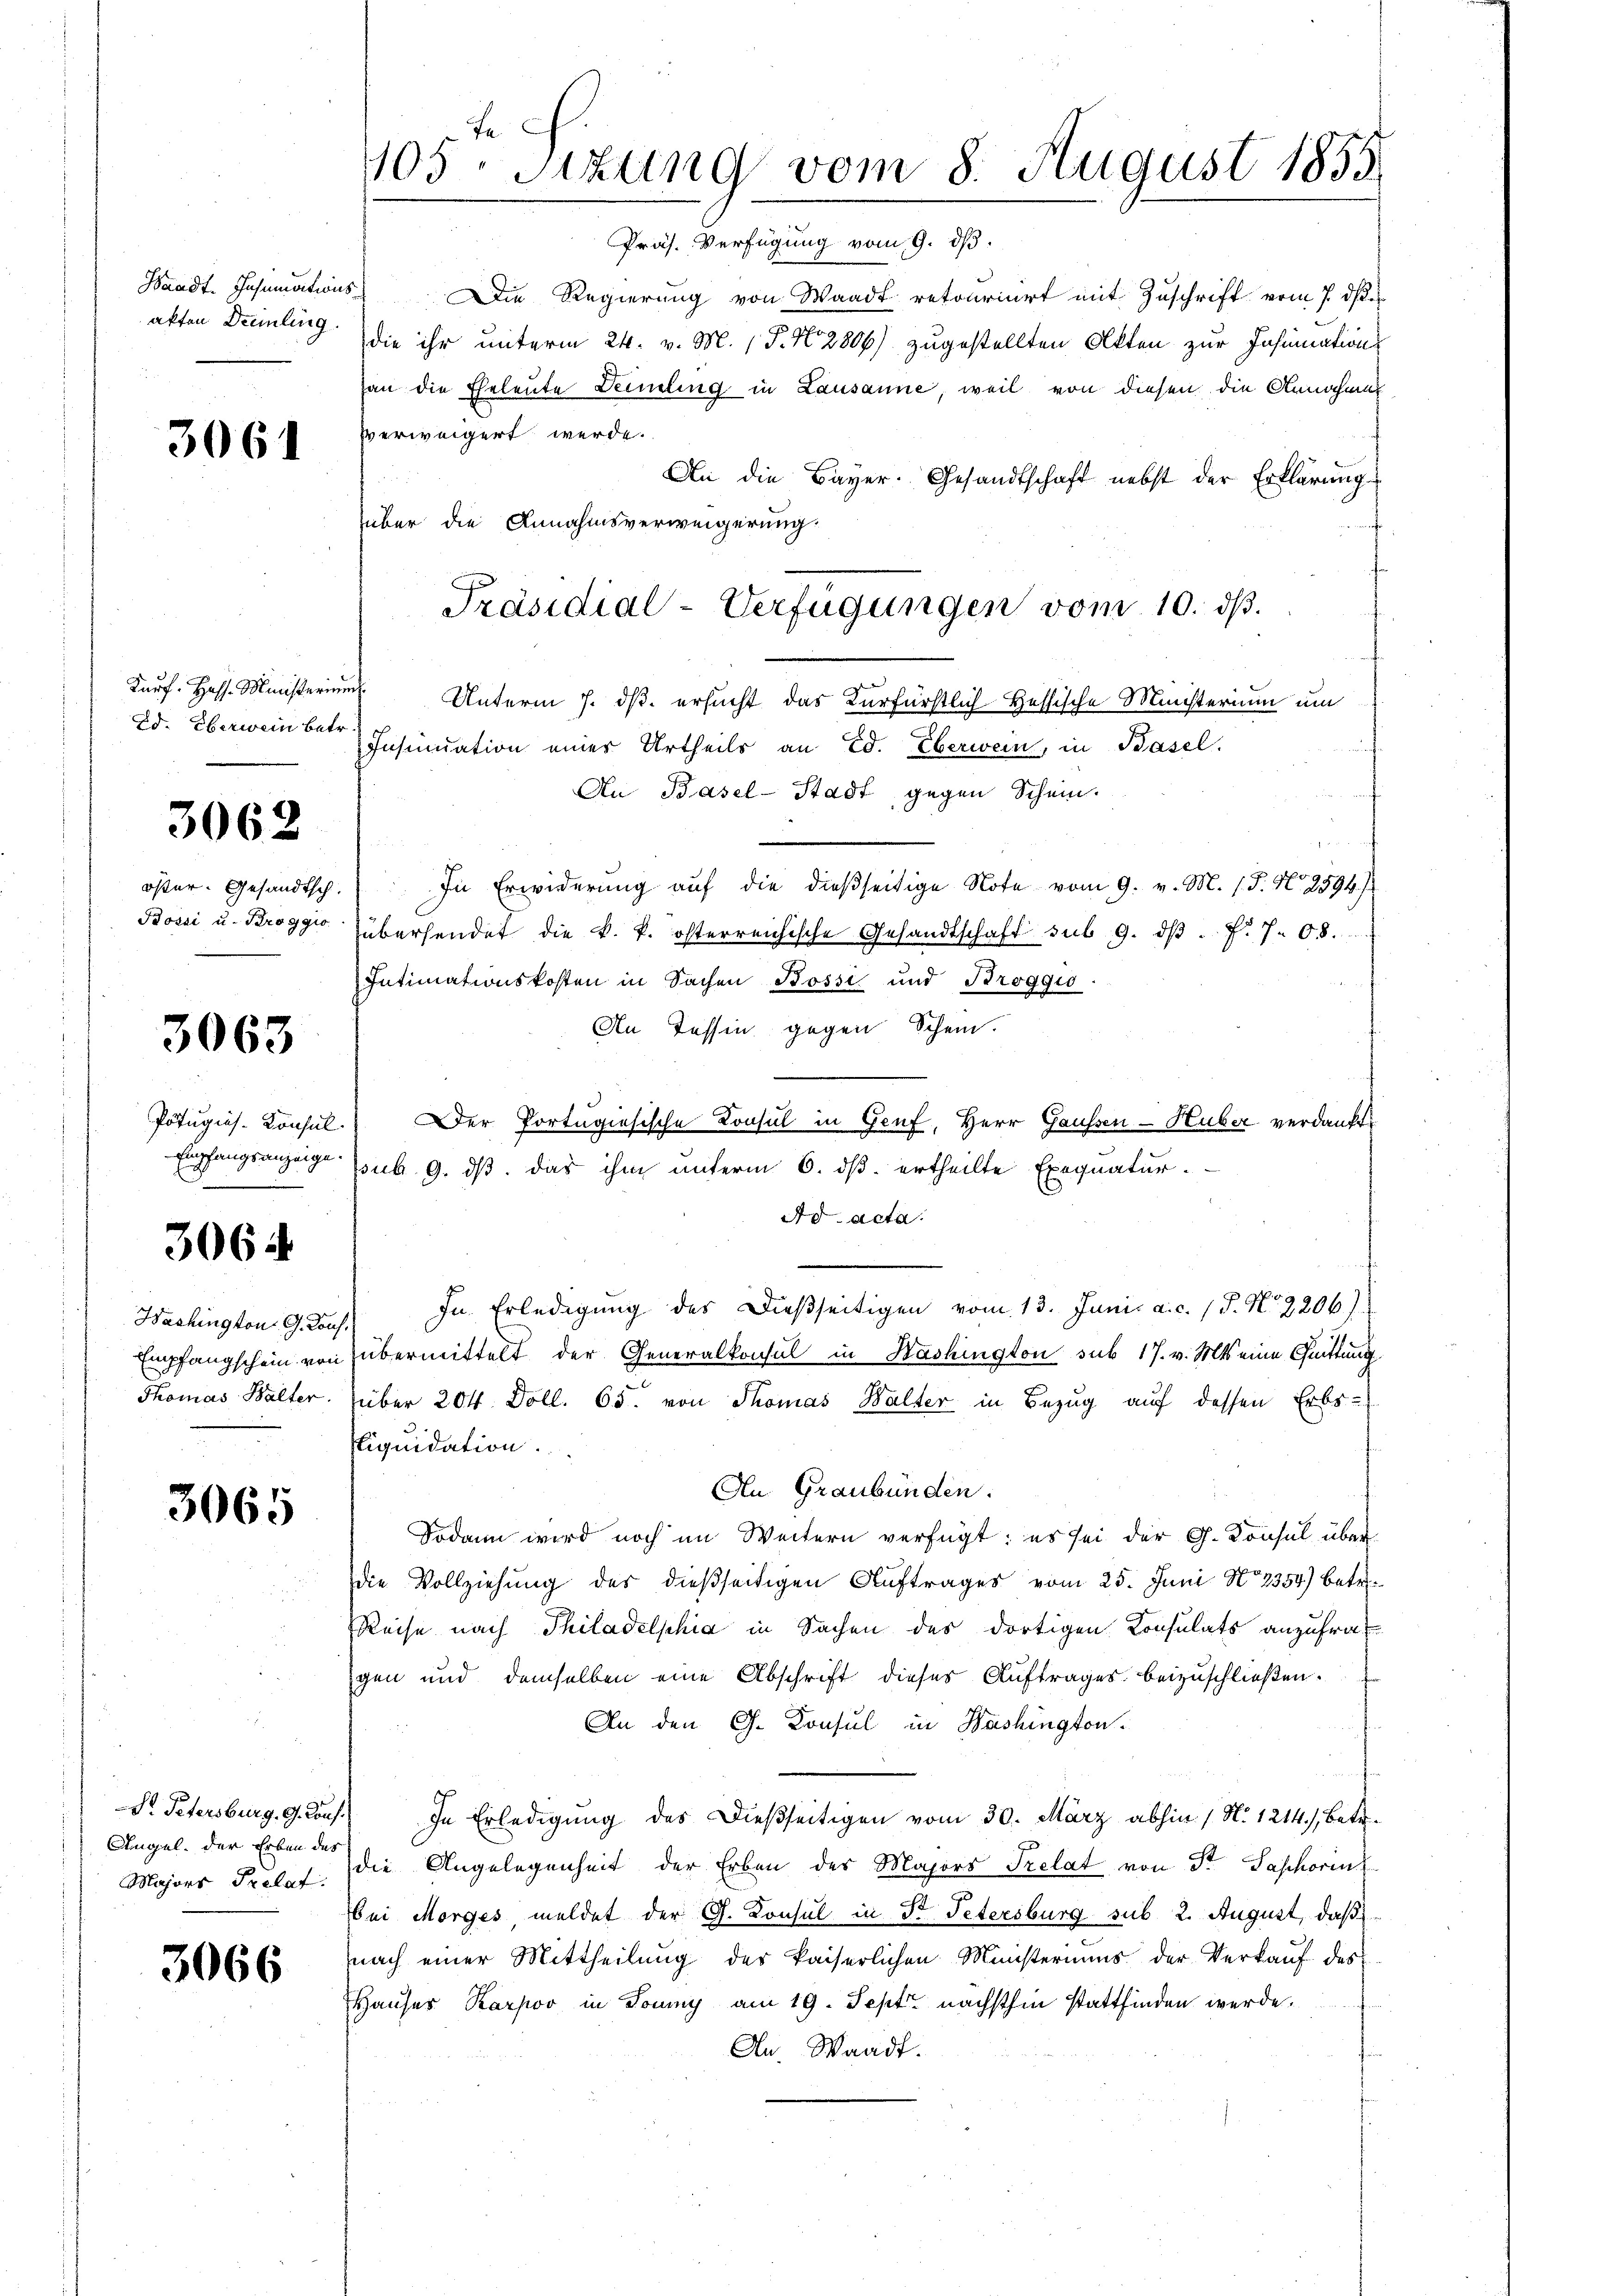
akten Dreinling.

3061

Ed. Oberwein betr.

3062

öster. Gesandtsch.
Bossi u. Broggio

3063

Pötugies. Konsul

3064

Hachington G. Con¬
Empfangschein von
Thomas Walter.

3065

D. Petersburg. G. Cou
Angel. der Erben des
Majors Prelat

3066

fa
405 sizung vom 8. August 1855.

Waadt. Insumations Die Regierung von Waadt retourirt mit Zuschrift vom 7. ds.
die ihr unterm 24. v. M. P. N. 2806) zugestellten Akten zur Insumations
an die Eheleute Deimeling in Lausanne, weil von diesen die Annahmes
verweigert werde.
An die Bayer. Gesandtschaft nebst der Erklärung
über die Annahmsverweigerung
Karf. Hass. Ministeriums Unterm 7. ds. ersucht das Kurfürstlich-Hessische Ministerium um
Insinuation einer Urtheils an Ed. Eberwein, in Basel.
ich
An Basel-Stadt gegen Schein.
In Erwiderung aŭf die dießseitige Note vom 9. v. M. (T. N. 2594)
übersendet die k. k. österreichische Gesandtschaft sub 9. dβ. f. 708.
Intimationskosten in Sachen Bossi und Broggio.
An Tessin gegen Schein.
Der Portugisische Konsul in Genf, Herr Gaussen - Huber verdankt.
Empfangsanzeige sub. 9. ds. das ihm unterm 6. ds. ertheilte Exequatur.
Ad acta.
In Erledigung des Dießseitigen vom 13. Juni a.c. (T. N. 2206)
.
übermittelt der Generalkonsul in Washington sub 17. v. Mts. eine Quittung
über 204 Doll. 65. von Thomas Walter in Bezug auf dessen Erbs-
Liquidation.
An Graubünden.
Sodann wird noch im Weitern verfügt: es sei der G. Konsul über
die Vollziehung der dießseitigen Auftrages vom 25. Juni No 2354) betr.
Reise nach Thiladelphia in Sachen des dortigen Consulats anzufragen und demselben eine Abschrift dieses Auftrages beizuschließen.
An den G. Konsul in Washington.
1) In Erledigung des Dießseitigen vom 30. März abhin 1 N. 1214), betr.
die Angelegenheit der Erben des Majors Trelat von Fr. Saphorin
bei Morges meldet der G. Konsul in Dr. Petersburg sub 2. August, daß
nach einer Mittheilŭng des kaiserlichen Ministeriums der Verkaŭf des
Hauser Karpoo in Tonny am 19. Sept. nächsthin stattfinden werde.
An. Waadt.

Präsidial-Verfügungen vom 10. ds.